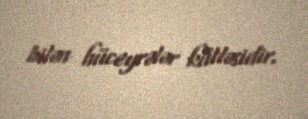
bilən hüceyrələr kütləsidir.